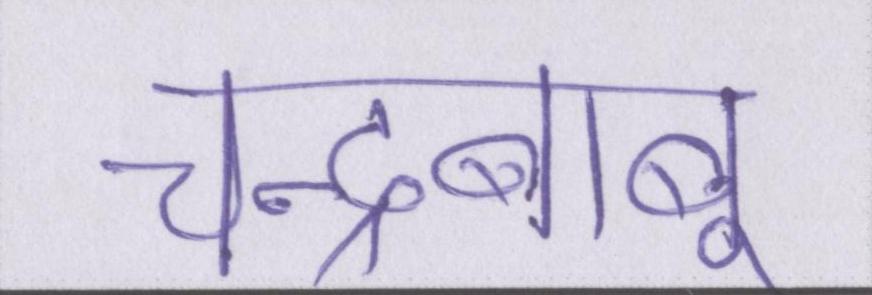
चन्द्रबाबू